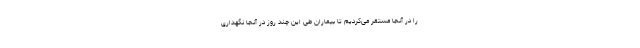
را در آنجا مستقر می‌کردیم تا بیماران طی این چند روز در آنجا نگهداری